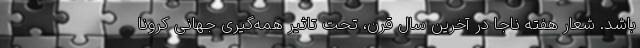
باشد. شعار هفته ناجا در آخرین سال قرن، تحت تاثیر همه‌گیری جهانی کرونا